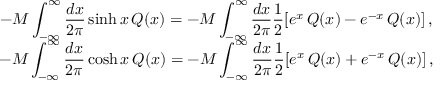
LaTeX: \begin{array} { c } { { \displaystyle - { \cal M } \displaystyle \int _ { - \infty } ^ { \infty } \displaystyle \frac { d x } { 2 \pi } \sinh x \, { \cal Q } ( x ) = - { \cal M } \displaystyle \int _ { - \infty } ^ { \infty } \displaystyle \frac { d x } { 2 \pi } \displaystyle \frac { 1 } { 2 } [ e ^ { x } \, { \cal Q } ( x ) - e ^ { - x } \, { \cal Q } ( x ) ] \, , } } \\ { { - { \cal M } \displaystyle \int _ { - \infty } ^ { \infty } \displaystyle \frac { d x } { 2 \pi } \cosh x \, { \cal Q } ( x ) = - { \cal M } \displaystyle \int _ { - \infty } ^ { \infty } \displaystyle \frac { d x } { 2 \pi } \displaystyle \frac { 1 } { 2 } [ e ^ { x } \, { \cal Q } ( x ) + e ^ { - x } \, { \cal Q } ( x ) ] \, , } } \end{array}